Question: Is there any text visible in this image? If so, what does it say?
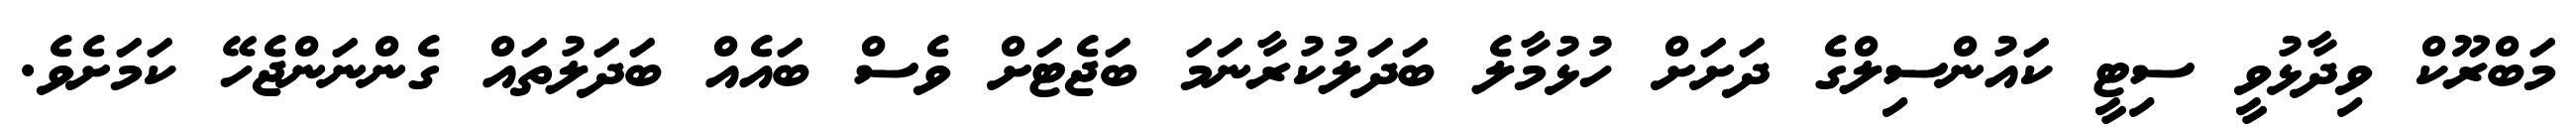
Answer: މަބްރޫކް ވިދާޅުވީ ސިޓީ ކައުންސިލްގެ ދަށަށް ހުޅުމާލެ ބަދަލުކުރާނަމަ ބަޖެޓަށް ވެސް ބައެއް ބަދަލުތައް ގެންނަންޖެހޭ ކަމަށެވެ.